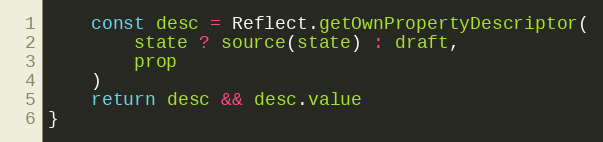
Language: JavaScript
    const desc = Reflect.getOwnPropertyDescriptor(
        state ? source(state) : draft,
        prop
    )
    return desc && desc.value
}